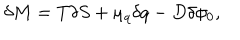
LaTeX: \delta M = T \delta S + \mu _ { q } \delta q - D \delta \phi _ { 0 } ,